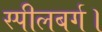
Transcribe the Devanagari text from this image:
स्पीलबर्ग।